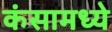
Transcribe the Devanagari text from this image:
कंसामध्ये